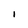
Character: I